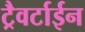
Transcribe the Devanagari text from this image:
ट्रैवर्टाईन